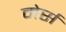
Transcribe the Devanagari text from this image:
मेर्स